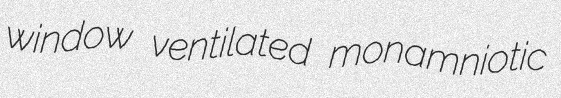
window ventilated monamniotic